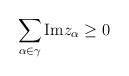
LaTeX: \begin{align*}\sum_{\alpha \in \gamma} \mbox{Im} z_\alpha \geq 0\end{align*}